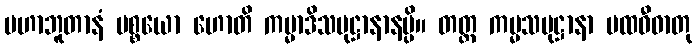
မဟာဘူတာနံ ပစ္စယော ဟောတိ ကမ္မာဒိသမုဋ္ဌာနာနမ္ပိ။ တတ္ထ ကမ္မသမုဋ္ဌာနာ ပထဝီဓာတု